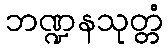
ဘဏ္ဍနသုတ္တံ